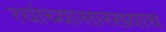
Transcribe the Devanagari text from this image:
त्यांच्यासारख्याच